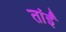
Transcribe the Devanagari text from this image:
तांईं